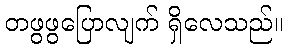
တဖွဖွပြောလျက် ရှိလေသည်။